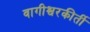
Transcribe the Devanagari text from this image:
वागीश्वरकीर्ती